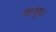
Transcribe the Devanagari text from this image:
आयुध।